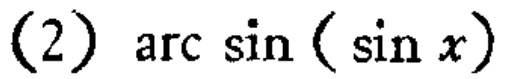
(2) \(\arcsin(\sin x)\)